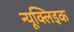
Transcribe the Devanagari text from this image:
न्यूक्‍लिइक